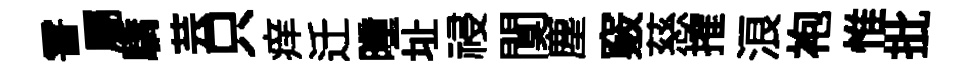
霅屬驕芸只痒迁曈址祲闃塵竅慈搉浪袍惟批